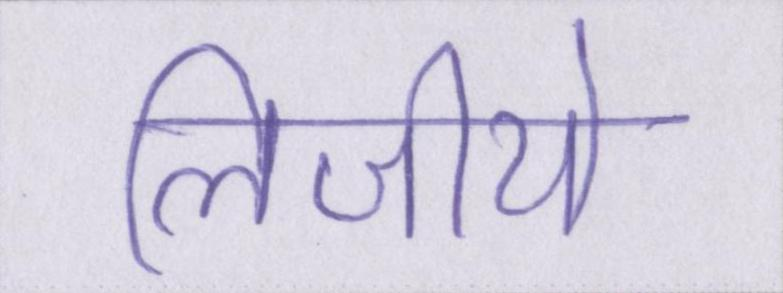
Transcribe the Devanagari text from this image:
लिजीये